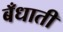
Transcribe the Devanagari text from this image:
बँधाती